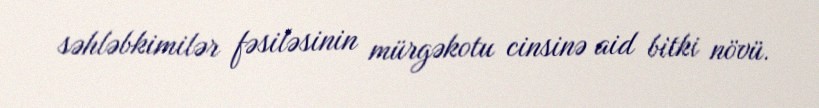
səhləbkimilər fəsiləsinin mürgəkotu cinsinə aid bitki növü.